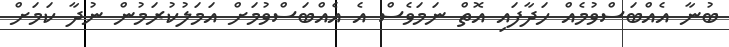
ބުނާ އެއްބަސްވުމެއް ހަދާފައި އޮތް ނަމަވެސް އެ އެއްބަސްވުމަށް އަމަލުކުރަމުން ނުދާ ކަމަށް